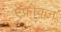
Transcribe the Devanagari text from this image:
ऐफ्रीकन